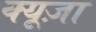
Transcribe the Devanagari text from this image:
क्यूज़ा